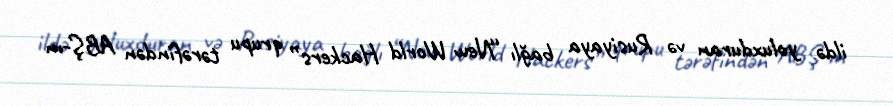
ildə yoluxduran və Rusiyaya bağlı “New World Hackers” qrupu tərəfindən ABŞ-ın